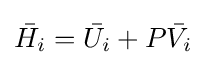
{\bar {H_{i}}}={\bar {U_{i}}}+P{\bar {V_{i}}}